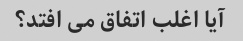
آیا اغلب اتفاق می افتد؟